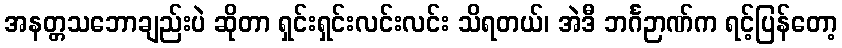
အနတ္တသဘောချည်းပဲ ဆိုတာ ရှင်းရှင်းလင်းလင်း သိရတယ်၊ အဲဒီ ဘင်္ဂဉာဏ်က ရင့်ပြန်တော့